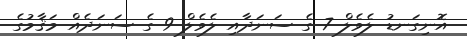
އޮނިގަނޑު ލެވެލް 7 ގެ ސަނަދާއި ލެވެލް 9 ގެ ސަނަދެއް މަޤާމުގެ